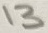
Text: 13